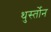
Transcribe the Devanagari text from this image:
थुर्स्तोन